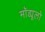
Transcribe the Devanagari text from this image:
मॉड्यूलो